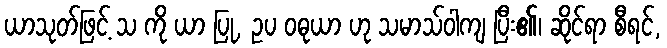
ယာသုတ်ဖြင့် သ ကို ယာ ပြု, ဥပ ဝဓုယာ ဟု သမာသ်ဝါကျ ပြီး၏၊ ဆိုင်ရာ စီရင်,